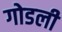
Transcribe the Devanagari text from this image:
गोडली